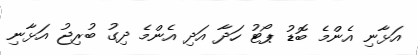
އަޅާނި އެންމެ ބޮޑު ޕޯޓު ހަދާ އަދި އެންމެ ދިގު ބުރިޖު އަޅާނި